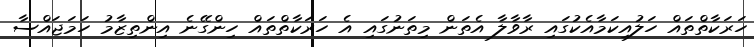
ހަރަކާތްތައް ހަލުއިކަމާއެކުގައި ރާވާލާ އެތަން މިތަނުގައި އެ ހަރަކާތްތައް ހިންގޭނެ އިންތިޒާމު ހަމަޖައްސާ